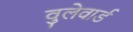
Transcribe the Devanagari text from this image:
वुलेवार्ड